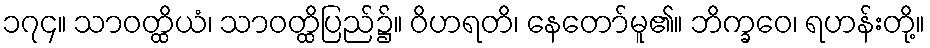
၁၇၄။ သာဝတ္ထိယံ၊ သာဝတ္ထိပြည်၌။ ဝိဟရတိ၊ နေတော်မူ၏။ ဘိက္ခဝေ၊ ရဟန်းတို့။